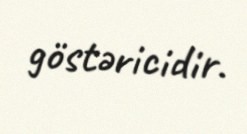
göstəricidir.